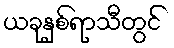
ယခုနှစ်ရာသီတွင်